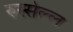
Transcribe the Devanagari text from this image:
रुस्सेल्ल